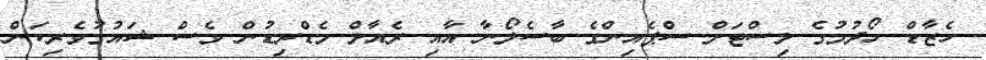
ހެޒާޑް ހޯދުމުގެ ލިސްޓަށް ސްޕެއިންގެ ބާސެލޯނާ އާއި ރެއާލް މެޑްރިޑުން ވެސް ޝައުގުވެރިކަން